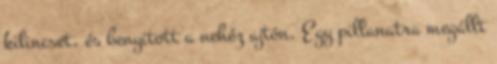
kilincset, és benyitott a nehéz ajtón. Egy pillanatra megállt